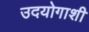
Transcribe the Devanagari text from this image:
उदयोगाशी